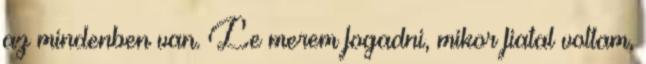
az mindenben van. Le merem fogadni, mikor fiatal voltam,